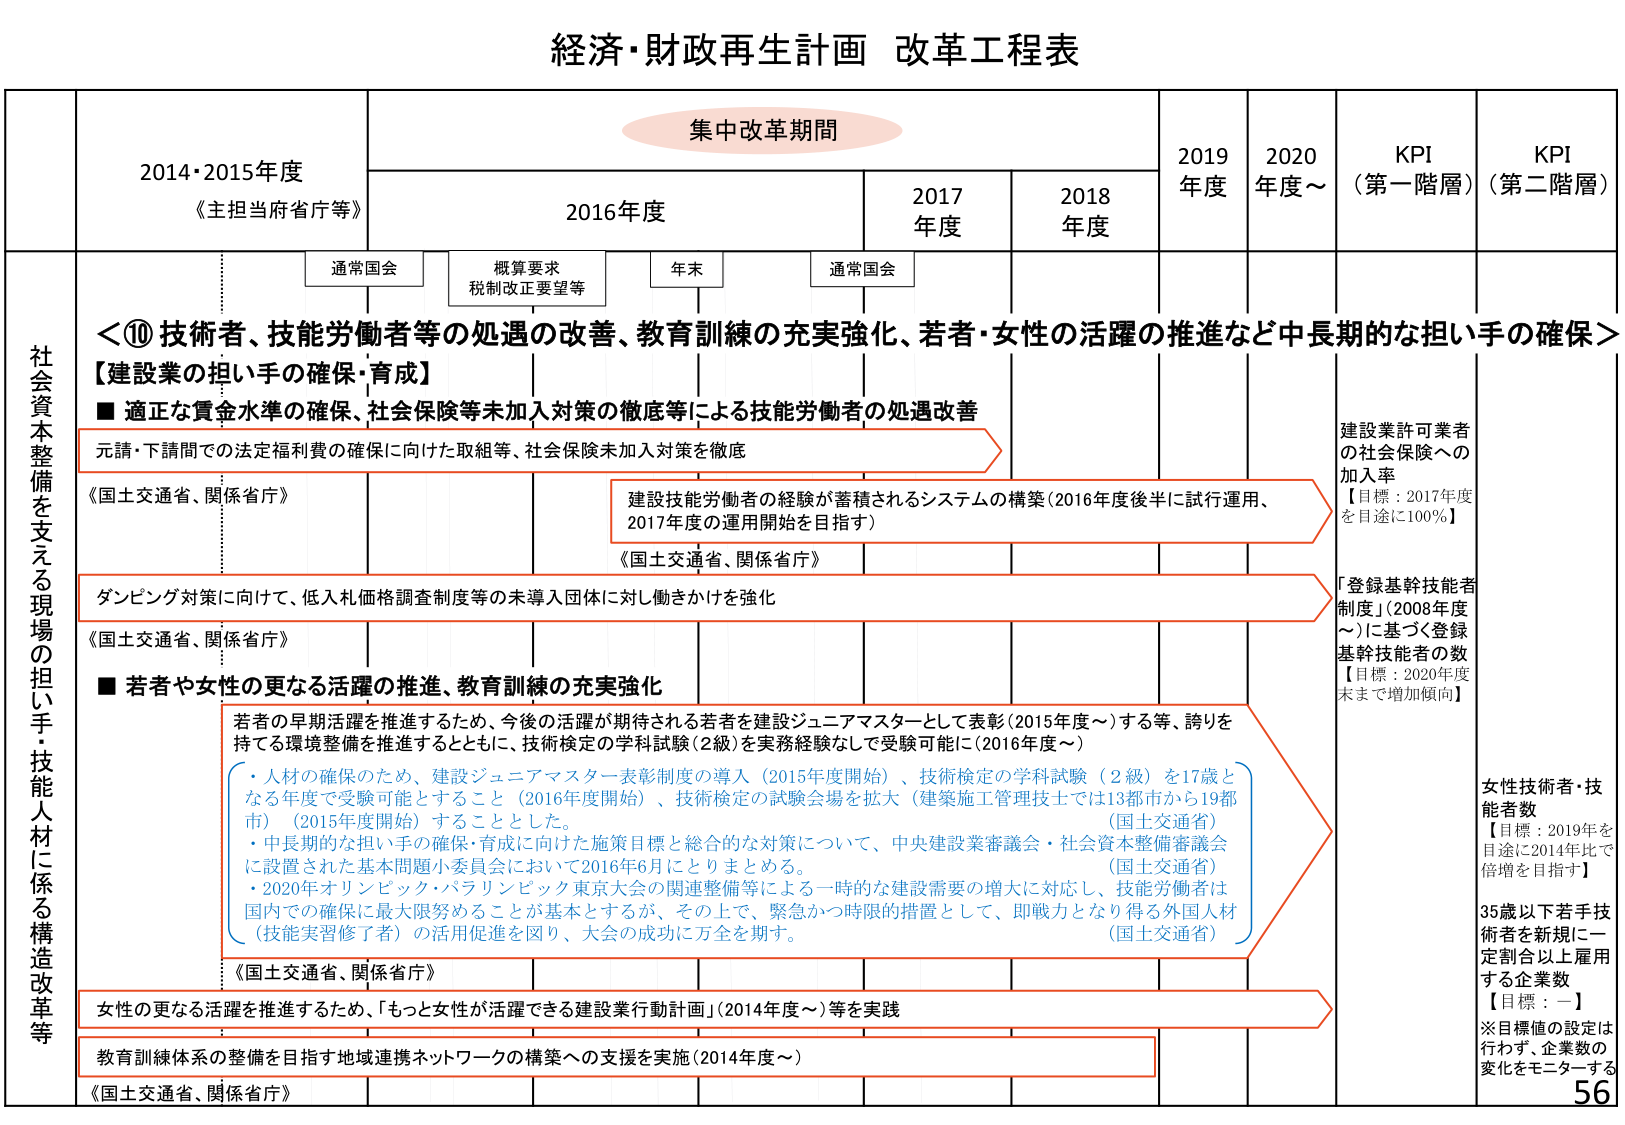
経済・財政再生計画 改革工程表

集中改革期間

2014・2015年度
《主担当府省庁等》

2016年度

2017年度

2018年度

2019年度

2020年度～

KPI
（第一階層）

KPI
（第二階層）

通常国会

概算要求
税制改正要望等

年末

通常国会

社会資本整備を支える現場の担い手・技能人材に係る構造改革等

＜⑩ 技術者、技能労働者等の処遇の改善、教育訓練の充実強化、若者・女性の活躍の推進など中長期的な担い手の確保＞

【建設業の担い手の確保・育成】

■ 適正な賃金水準の確保、社会保険等未加入対策の徹底等による技能労働者の処遇改善

元請・下請間での法定福利費の確保に向けた取組等、社会保険未加入対策を徹底

《国土交通省、関係省庁》

建設技能労働者の経験が蓄積されるシステムの構築（2016年度後半に試行運用、2017年度の運用開始を目指す）

《国土交通省、関係省庁》

ダンピング対策に向けて、低入札価格調査制度等の未導入団体に対し働きかけを強化

《国土交通省、関係省庁》

■ 若者や女性の更なる活躍の推進、教育訓練の充実強化

若者の早期活躍を推進するため、今後の活躍が期待される若者を建設ジュニアマスターとして表彰（2015年度～）する等、誘いを持てる環境整備を推進するとともに、技術検定の学科試験（2級）を実務経験なしで受験可能に（2016年度～）

・人材の確保のため、建設ジュニアマスター表彰制度の導入（2015年度開始）、技術検定の学科試験（2級）を17歳となる年度で受験可能とすること（2016年度開始）、技術検定の試験会場を拡大（建築施工管理技士では13都市から19都市）（2015年度開始）することとした。
（国土交通省）

・中長期的な担い手の確保・育成に向けた施策目標と総合的な対策について、中央建設業審議会・社会資本整備審議会に設置された基本問題小委員会において2016年6月にとりまとめる。
（国土交通省）

・2020年オリンピック・パラリンピック東京大会の関連整備等による一時的な建設需要の増大に対応し、技能労働者は国内での確保に最大限努めることが基本とするが、その上で、緊急かつ時限的措置として、即戦力となり得る外国人材（技能実習修了者）の活用促進を図り、大会の成功に万全を期す。
（国土交通省）

《国土交通省、関係省庁》

女性の更なる活躍を推進するため、「もっと女性が活躍できる建設業行動計画」（2014年度～）等を実践

教育訓練体系の整備を目指す地域連携ネットワークの構築への支援を実施（2014年度～）

《国土交通省、関係省庁》

建設業許可業者の社会保険への加入率
【目標：2017年度を目途に100％】

「登録基幹技能者制度」（2008年度～）に基づく登録基幹技能者の数
【目標：2020年度末まで増加傾向】

女性技術者・技能者数
【目標：2019年を目途に2014年比で倍増を目指す】

35歳以下若手技術者を新規に一定割合以上雇用する企業数
【目標：－】
※目標値の設定は行わず、企業数の変化をモニターする

56